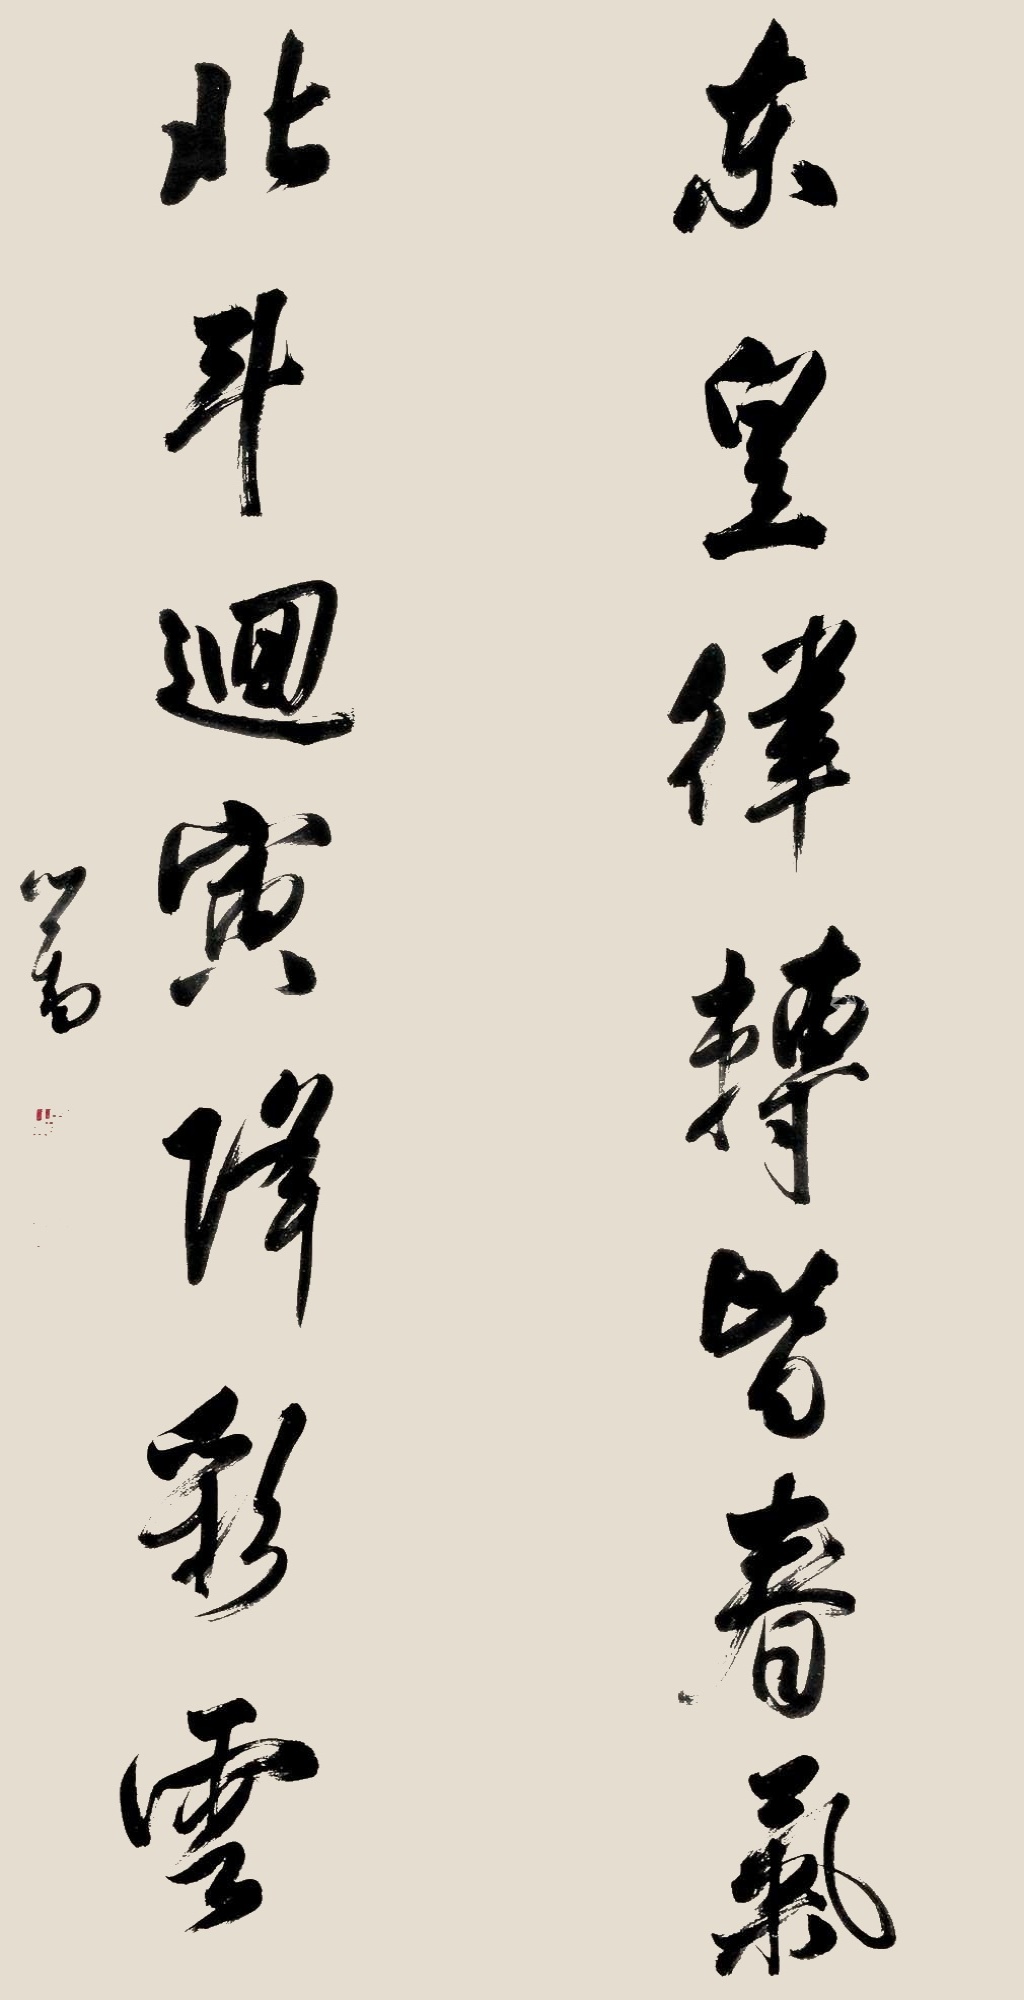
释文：东皇律转皆春为，北斗回变降彩云。心畬。